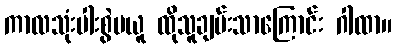
ကာလသုံးပါးစွဲမယူ ထိုသူချမ်းသာကြောင်း ဂါထာ။